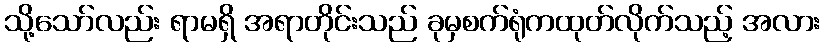
သို့သော်လည်း ရာမရှိ အရာတိုင်းသည် ခုမှစက်ရုံကထုတ်လိုက်သည့် အလား